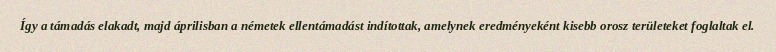
Így a támadás elakadt, majd áprilisban a németek ellentámadást indítottak, amelynek eredményeként kisebb orosz területeket foglaltak el.